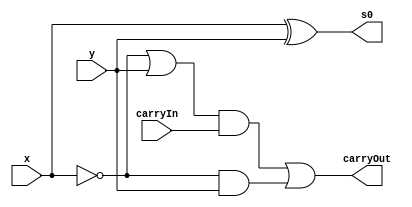
// ------------------------- 
// Exemplo0021  Subtrador Completo
// Nome: Miller 
// ------------------------- 
// Exercicio 2
// ------------------------- 
//  Subtrador Completo
// -------------------------

module subtrador (output s0, output carryOut, 
                  input x,input y, input carryIn);
						
assign s0 = x^y;
assign carryOut = ((~x|y)&carryIn)|(~x&y);

endmodule

module Registros;

reg [3:0]a, b;
reg ci;
wire s0, s1, s2, s3;
wire co0, co1, co2, co3;

subtrador A(s0, co0, a[0], b[0], ci);
subtrador B(s1, co1, a[1], b[1], co0);
subtrador C(s2, co2, a[2], b[2], co1);
subtrador D(s3, co3, a[3], b[3], co2);

initial begin:start 
a=4'b0000; b=4'b0000;
ci=1'b0; 
end

initial begin 
$display("Exemplo0021 - Miller - 449048"); 
$display("Test Subtrador:");
$display("");
$monitor("%b - %b = (%b)%b%b%b%b", a, b, co3, s3, s2, s1, s0);
#1	a=4'b0101;	b=4'b1001; 
#1	a=4'b1100;	b=4'b0111;
#1	a=4'b0010;	b=4'b1000;
#1	a=4'b1010;	b=4'b1000;
#1	a=4'b0110;	b=4'b0000;
#1	a=4'b0010;	b=4'b1111;
#1	a=4'b1111;	b=4'b1111;
#1	a=4'b0000;	b=4'b1111;
#1	a=4'b0001;	b=4'b1111;

end
endmodule